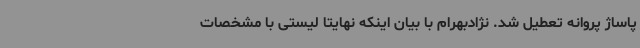
پاساژ پروانه تعطیل شد. نژادبهرام با بیان اینکه نهایتا لیستی با مشخصات